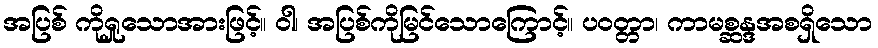
အပြစ် ကိုရှုသောအားဖြင့်။ ဝါ၊ အပြစ်ကိုမြင်သောကြောင့်။ ပဝတ္တာ၊ ကာမစ္ဆန္ဒအစရှိသော